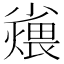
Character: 𪨆